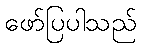
ဖော်ပြပါသည်